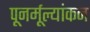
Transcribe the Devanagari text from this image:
पूनर्मूल्यांकन